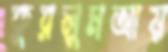
কুরলুমআয়